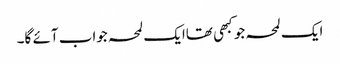
ایک لمحہ جو کبھی تھاایک لمحہ جواب آئے گا۔